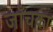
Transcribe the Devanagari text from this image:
जाँचका